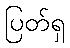
ပြတ်ရှ